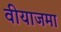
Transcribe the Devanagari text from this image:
वीयाजमा